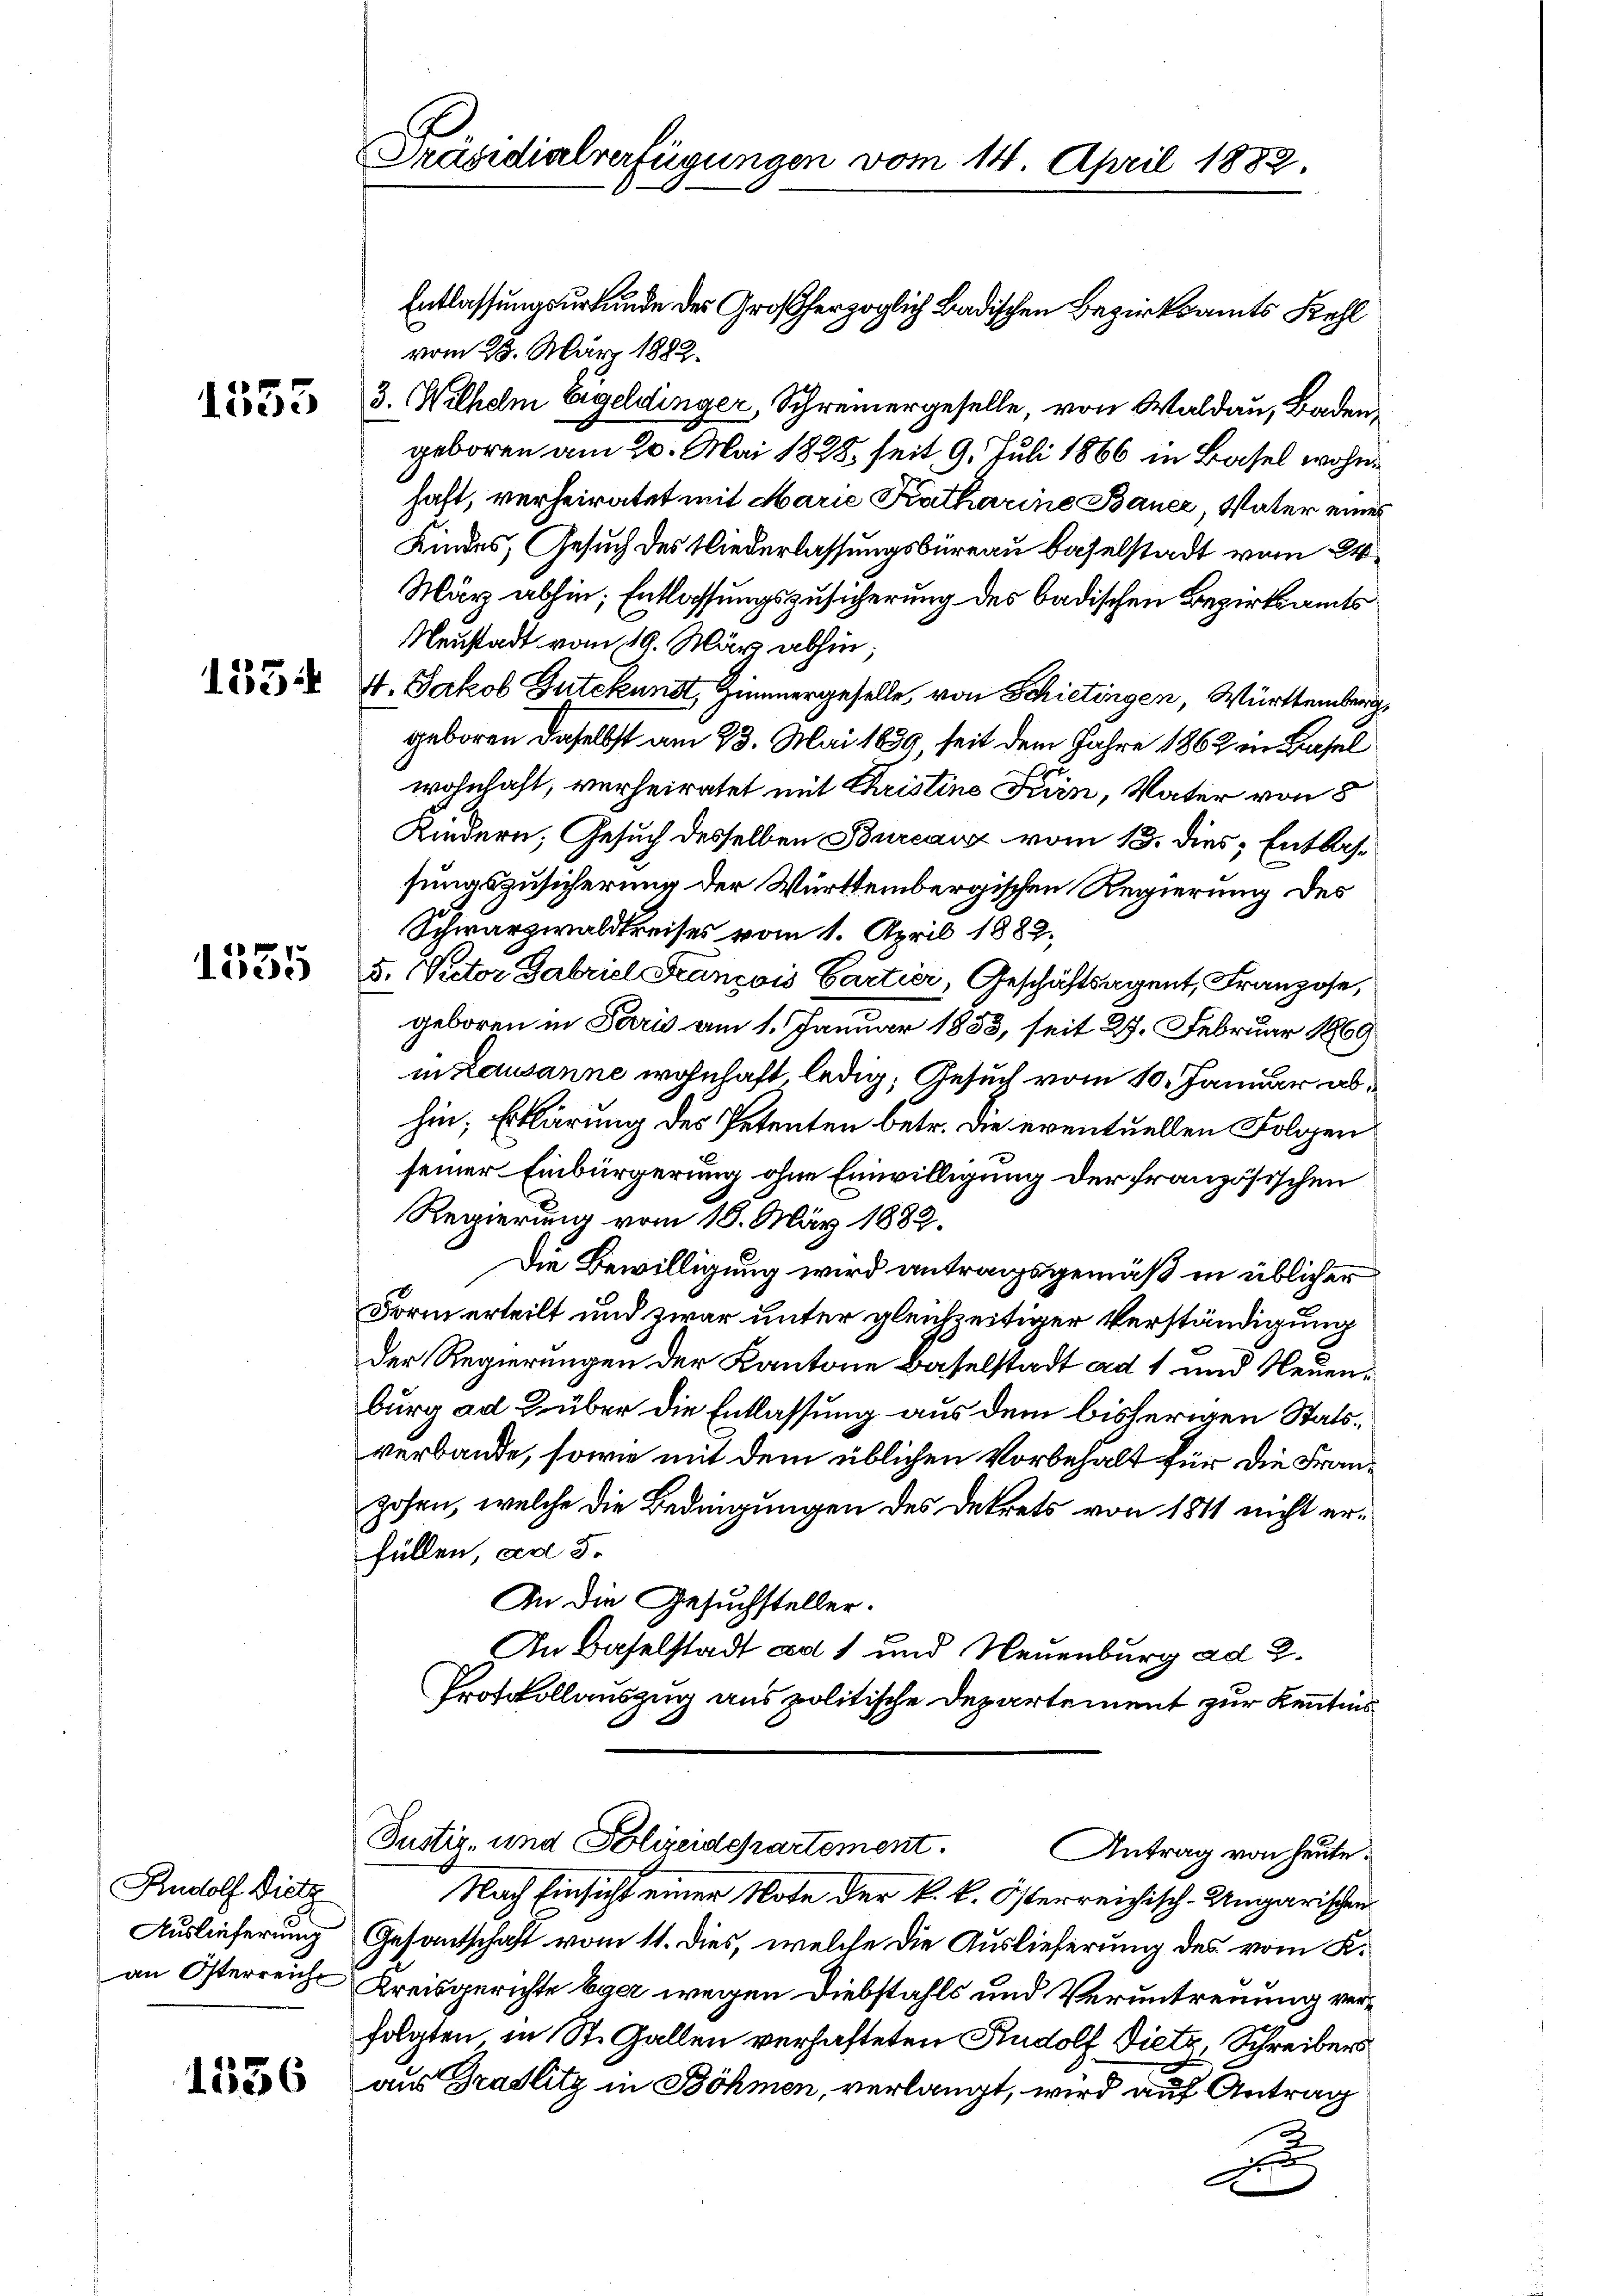
1553

153

1535

Rudolf Dietz
Auslieferung

1556

Präsidialverfügungen vom 14. April 1882.

vom 23. März 1882.
3. Wilhelm Egeldinger, Schreinergeselle, von Waldau, Badengeboren am 20. Mai 1828. seit 9. Juli 1866 in Basel wohnhaft, verheiratet mit Marie Katharine Bauer, Vater eines
Kindes, Gesuch des Wiederlassungsbüreau Baselstadt vom 24.
März abhin, Entlassungszusicherung des badischen Bezirksamts
Neustadt vom 19. März abhin;
4. Jakob Gutekunst, Zimmergeselle, von Schietingen, Württemberg
geboren daselbst am 23. Mai 1839, seit dem Jahre 1862 in Basel
wohnhaft, verheiratet mit Christine Turin, Vater von 8
Kindern, Gesuch desselben Bureauz vom 13. dies, Entlassungszusicherung der Württembergischen Regierung des
Schwarzwaldkreises vom 1. April 1882.
5. Rector Gabriel François Cartier, Geschäftsagent, Franzose,
geboren in Paris am 1. Januar 1883, seit 27. Februar 1869
in Lausanne wohnhaft, ledig, Gesuch vom 10. Januar abhin; Erklärung des Petenten betr. die eventuellen Folgen
seiner Einbürgerung ohne Einwilligung der französischen
Regierung vom 18. März 1882.
Die Bewilligung wird antragsgemäß in üblicher
Form erteilt und zwar unter gleichzeitiger Verständigung
Der Regierungen der Kantone Baselstadt ad 1 und Neuenburg ad über die Entlassung aus dem bisherigen Statsverbande, sowie mit dem üblichen Vorbehalt für die Franzohen, welche die Bedingungen des Dekrets von 1811 nicht erfüllen, ad 5.
An die Gesuchsteller.
In Baselstadt ad 1 und Neuenburg ad 2.
Protokollauszug aus politische Departement zur Kenntnis
Justiz- und Polizeidepartement.
Antrag von heute.
Nach Einsicht einer Note der k. k. Österreichisch-Ungarischen
Gesantschaft vom 11. dies, welche die Auslieferung des vom K.
an Österreich Kreisgerichte baar wegen Diebstahls und Veruntreuung verfolgten in St. Gallen verhafteten Rudolf Dietz, Schreibers
aus Bradlitz in Böhmen, verlangt, wird auf Antrag
xx

Entlassungsurkunde der Großherzoglich Badischen Bezirksamts Kehl